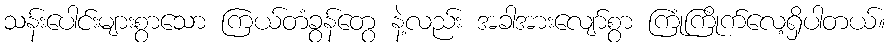
သန်းပေါင်းများစွာသော ကြယ်တံခွန်တွေ နဲ့လည်း အခါအားလျော်စွာ ကြုံကြိုက်လေ့ရှိပါတယ်။